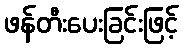
ဖန်တီးပေးခြင်းဖြင့်